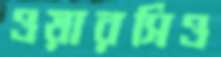
ওয়ারসিও